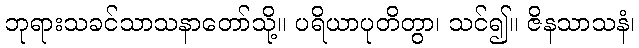
ဘုရားသခင်သာသနာတော်သို့။ ပရိယာပုတိတွာ၊ သင်၍။ ဇိနသာသနံ၊